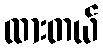
ထားတယ်